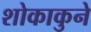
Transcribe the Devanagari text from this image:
शोकाकुने